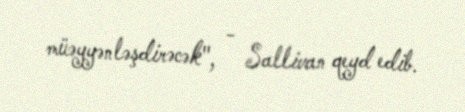
müəyyənləşdirəcək", - Sallivan qeyd edib.